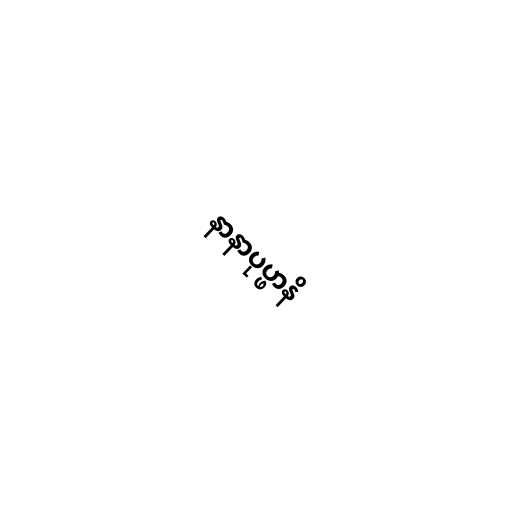
နာနာပုပ္ဖာနိ